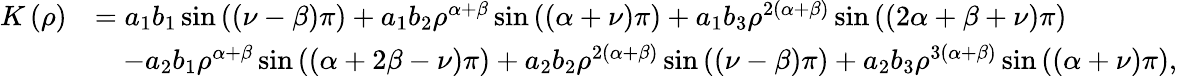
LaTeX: \begin{array}{rl}{K\left(\rho\right)}&{=a_{1}b_{1}\sin\left(\left(\nu-\beta\right)\pi\right)+a_{1}b_{2}\rho^{\alpha+\beta}\sin\left(\left(\alpha+\nu\right)\pi\right)+a_{1}b_{3}\rho^{2\left(\alpha+\beta\right)}\sin\left(\left(2\alpha+\beta+\nu\right)\pi\right)}\\ &{\quad-a_{2}b_{1}\rho^{\alpha+\beta}\sin\left(\left(\alpha+2\beta-\nu\right)\pi\right)+a_{2}b_{2}\rho^{2\left(\alpha+\beta\right)}\sin\left(\left(\nu-\beta\right)\pi\right)+a_{2}b_{3}\rho^{3\left(\alpha+\beta\right)}\sin\left(\left(\alpha+\nu\right)\pi\right),}\end{array}